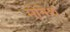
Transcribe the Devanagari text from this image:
मोनेश